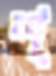
শ্